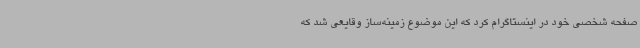
صفحه شخصی خود در اینستاگرام کرد که این موضوع زمینه‌ساز وقایعی شد که